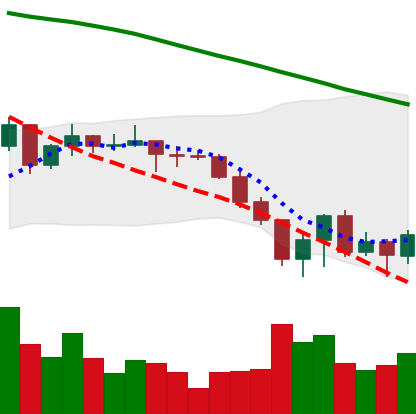
Ticker: XLM-USD
Chart end date: 2022-06-19
Forward return: 11.587%
Label: up_7plus